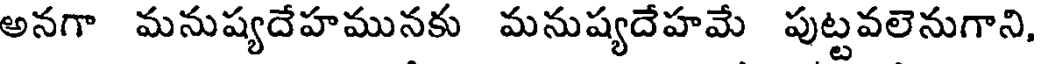
అనగా మనుష్యదేహమునకు మనుష్యదేహమే పుట్టవలెనుగాని,